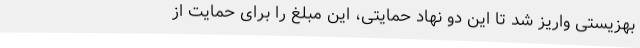
بهزیستی واریز شد تا این دو نهاد حمایتی، این مبلغ را برای حمایت از